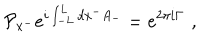
{ \cal P } _ { x ^ { - } } e ^ { i \int _ { - L } ^ { L } d x ^ { - } A _ { - } } = e ^ { 2 \pi i \Gamma } \, \, ,